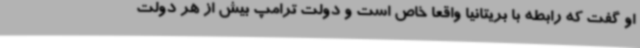
او گفت که رابطه با بریتانیا واقعا خاص است و دولت ترامپ بیش از هر دولت